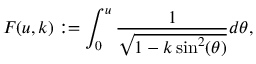
F ( u , k ) : = \int _ { 0 } ^ { u } \frac { 1 } { \sqrt { 1 - k \sin ^ { 2 } ( \theta ) } } d \theta ,